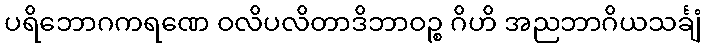
ပရိဘောဂကရဏေ ဝလိပလိတာဒိဘာဝဉ္စ ဂိဟိ အညဘာဂိယသင်္ချံ